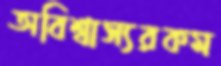
অবিশ্বাস্যরকম